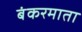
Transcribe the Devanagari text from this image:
बंकरमाता